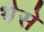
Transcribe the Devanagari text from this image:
भैसे